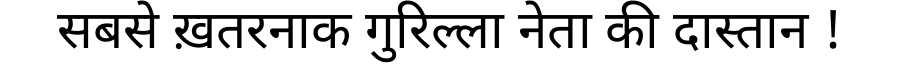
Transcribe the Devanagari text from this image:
सबसे ख़तरनाक गुरिल्ला नेता की दास्तान !